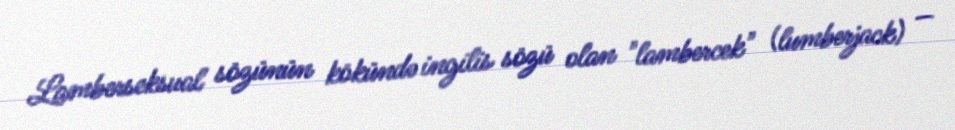
Lamberseksual sözünün kökündə ingilis sözü olan "lambercek" (lumberjack) —